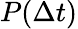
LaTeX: P(\Delta t)